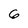
Character: 6